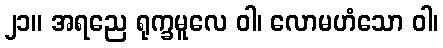
၂၁။ အရညေ ရုက္ခမူလေ ဝါ၊ လောမဟံသော ဝါ၊